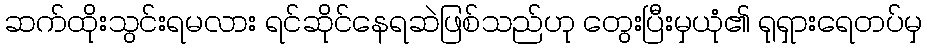
ဆက်ထိုးသွင်းရမလား ရင်ဆိုင်နေရဆဲဖြစ်သည်ဟု တွေးပြီးမှယုံ၏ ရုရှားရေတပ်မှ